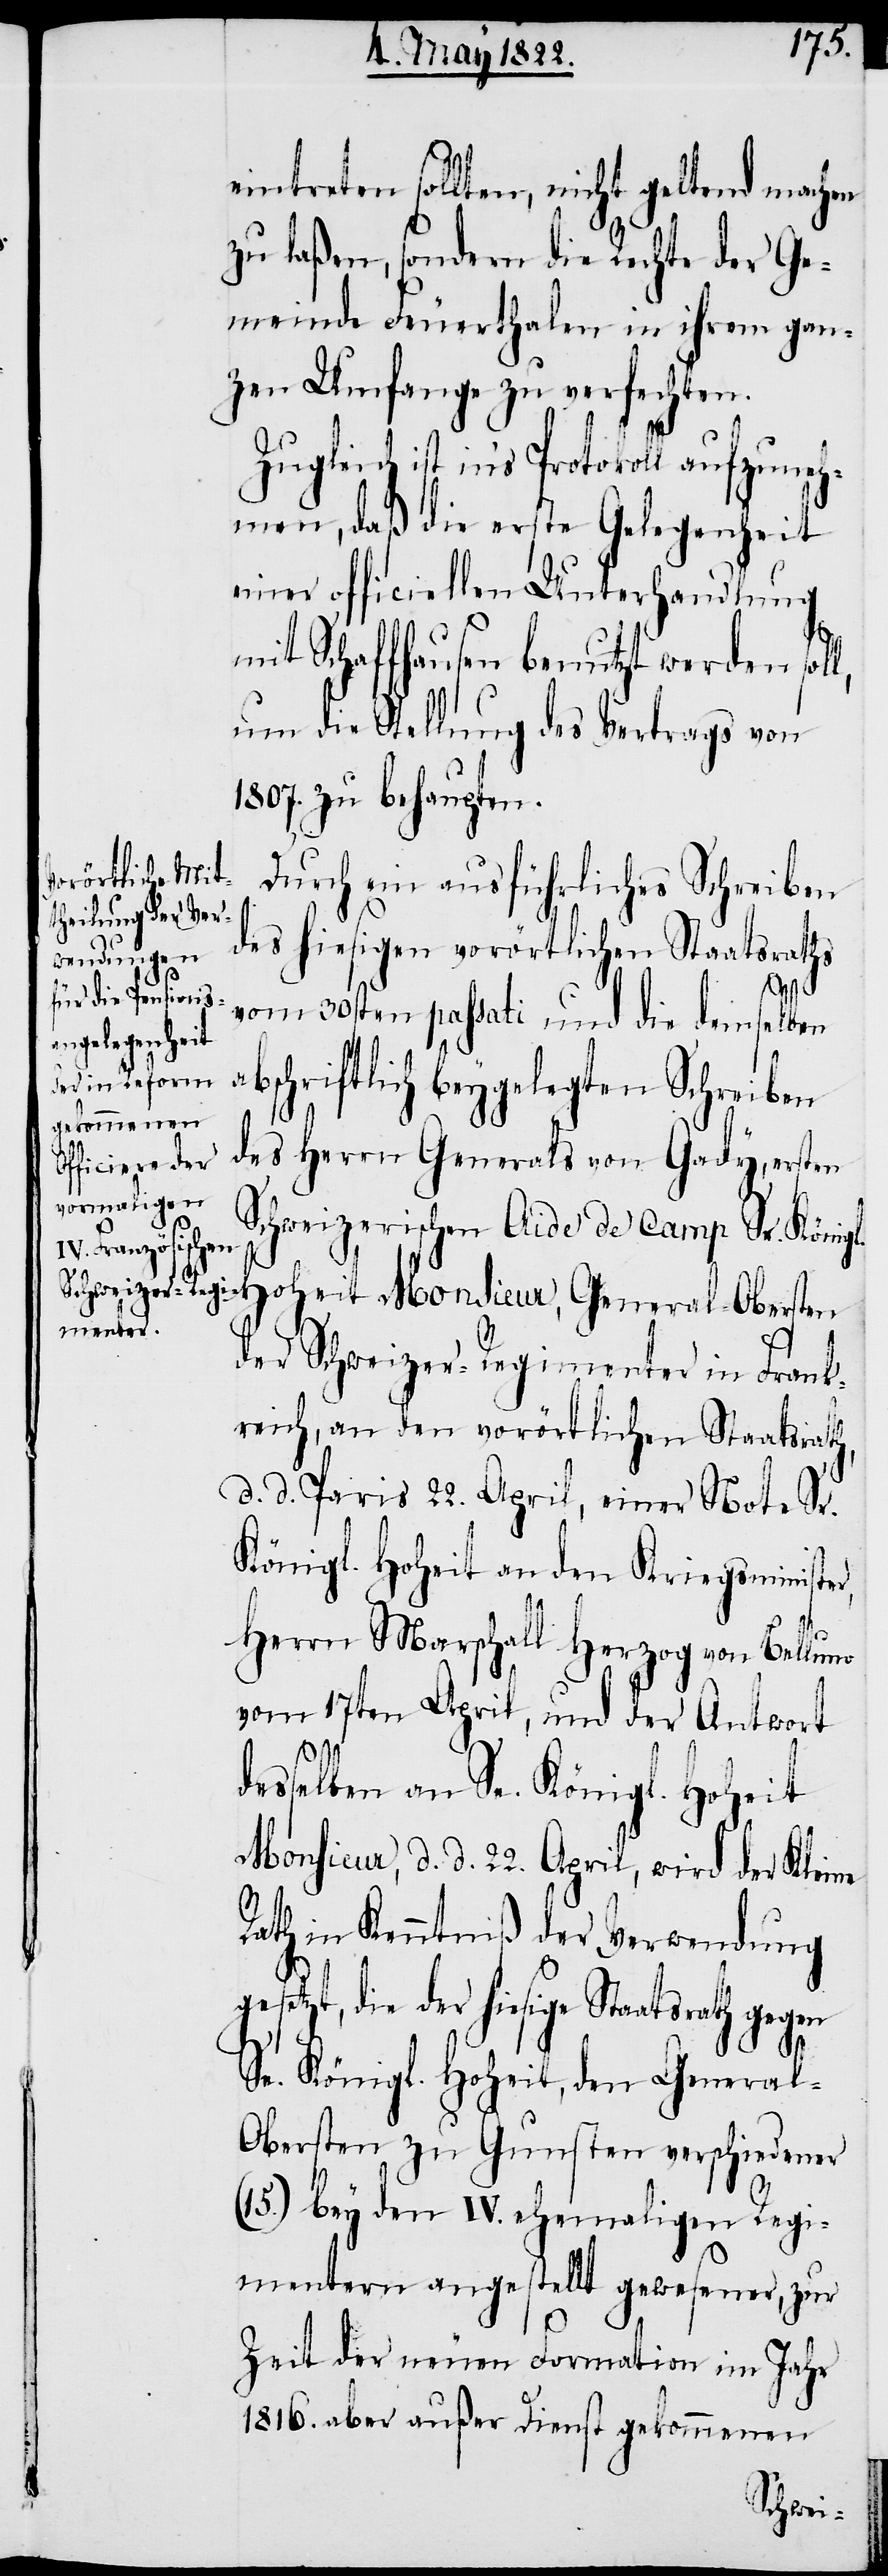
gl.
Zugleich ist

eintreten sollten, nicht geltend machen
zu laßen, sondern die Rechte der Ge¬
meinde Feuerthalen in ihrem gan¬
zen Umfange zu verfechten.
hmen, daß die erste Gelegenheit
einer officiellen Unterhandlung
mit Schaffhausen benutzt werden soll,
um die Stellung des Vertrags von
1807. zu behaupten.
Durch in ausführliches Schreiben
des hiesigen vorörtlichen Staatsraths
Kleine
vom 30sten passati und die demselben
abschriftlich beygelegten Schreiben
des Herrn Generals von Gady, ersten
Schweizerischen Aide de Camp Sr. Köni¬
Hoheit Monsieur, General-Obersten
der Schweizer-Regimenter in Frank¬
reich, an den vorörtlichen Staatsrath,
d. d. Paris 22. April, einer Note Sr.
Königl. Hoheit an den Kriegsministe¬
Herrn Marschall Herzog von Belluno
Rath in Kenntniß der Verwendung
gesetzt, die der hiesige Staatsrath gegen
r,
Se. Königl. Hoheit, den Genera¬
l-Obersten zu Gunsten verschiedener
(15.) bey den IV. ehemaligen Regi¬
mentern angestellt gewesener, zur
Zeit der neuen Formation im Jahr
1816. aber außer Dienst gekommenen